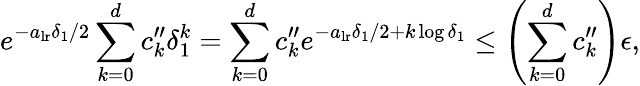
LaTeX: e^{-a_{\mathrm{lr}}\delta_{1}/2}\sum_{k=0}^{d}c_{k}^{\prime\prime}\delta_{1}^{k}=\sum_{k=0}^{d}c_{k}^{\prime\prime}e^{-a_{\mathrm{lr}}\delta_{1}/2+k\log\delta_{1}}\leq\left(\sum_{k=0}^{d}c_{k}^{\prime\prime}\right)\epsilon,